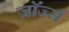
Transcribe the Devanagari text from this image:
जाॅर्ज्स